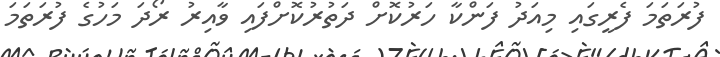
ފުރަތަމަ ފެރީގައި މިއަދު ފަންކާ ހަރުކޮށް ދަތުރުކޮށްފައި ވާއިރު ރޯދަ މަހުގެ ފުރަތަމަ